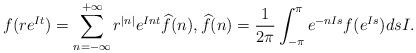
LaTeX: \begin{align*} f(re^{It})=\sum_{n=-\infty}^{+\infty}r^{|n|}e^{Int}\widehat{f}(n),\widehat{f}(n)=\frac{1}{2\pi}\int_{-\pi}^\pi e^{-nIs}f(e^{Is})dsI.\end{align*}